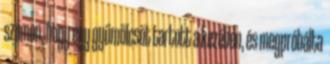
számon, hogy egy gyümölcsöt tartott a kezében, és megpróbálta